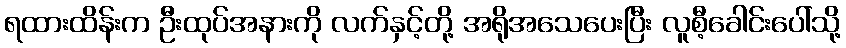
ရထားထိန်းက ဦးထုပ်အနားကို လက်နှင့်တို့ အရိုအသေပေးပြီး လူစီ့ခေါင်းပေါ်သို့